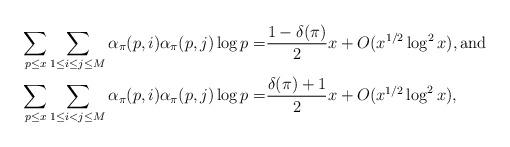
LaTeX: \begin{align*} \sum_{p \leq x} \sum_{1 \leq i \leq j \leq M}\alpha_{\pi}(p, i)\alpha_{\pi}(p, j)\log p=& \frac {1-\delta(\pi)}{2}x+O(x^{1/2}\log^{2} x), \mbox{and} \\ \sum_{p \leq x} \sum_{1 \leq i < j \leq M}\alpha_{\pi}(p, i)\alpha_{\pi}(p, j)\log p=& \frac {\delta(\pi) + 1}{2}x+O(x^{1/2}\log^{2} x),\end{align*}